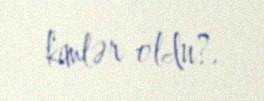
kimlər oldu?.